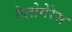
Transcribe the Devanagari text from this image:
टेलोमेरेस